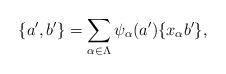
LaTeX: \begin{align*}\{a', b'\}&=\sum_{\alpha\in \Lambda}\psi_{\alpha}(a')\{x_{\alpha}b'\},\end{align*}